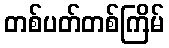
တစ်ပတ်တစ်ကြိမ်